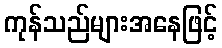
ကုန်သည်များအနေဖြင့်